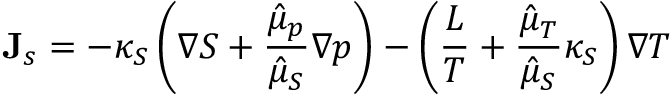
{ \bf J } _ { s } = - \kappa _ { S } \left( \nabla S + \frac { \hat { \mu } _ { p } } { \hat { \mu } _ { S } } \nabla p \right) - \left( \frac { L } { T } + \frac { \hat { \mu } _ { T } } { \hat { \mu } _ { S } } \kappa _ { S } \right) \nabla T